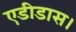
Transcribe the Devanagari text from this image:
एडीडास।